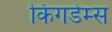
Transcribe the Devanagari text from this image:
किंगडेम्स